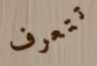
تتعرف